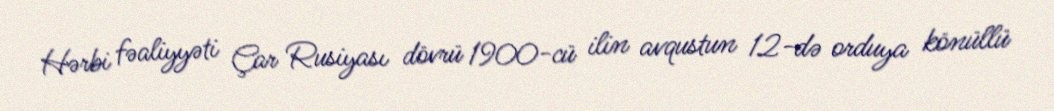
Hərbi fəaliyyəti Çar Rusiyası dövrü 1900-cü ilin avqustun 12-də orduya könüllü